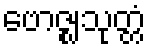
ဗောဇ္ဈသုတ္တံ